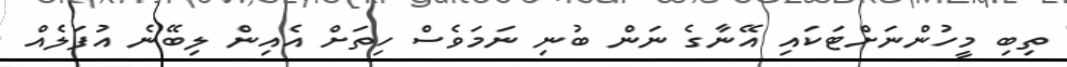
ތިބި މީހުންނަށްޓަކައި އޭނާގެ ނަން ބުނި ނަމަވެސް ހިތަށް އެއިން ލިބޭނެ އުފަލެއް